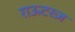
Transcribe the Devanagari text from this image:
राऊटरज़